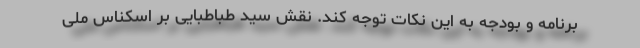
برنامه و بودجه به این نکات توجه کند. نقش سیدِ طباطبایی بر اسکناس ملی